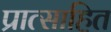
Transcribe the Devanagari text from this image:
प्रात्साहित